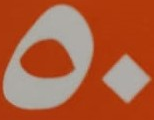
50